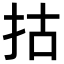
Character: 𢫈